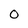
Character: 0